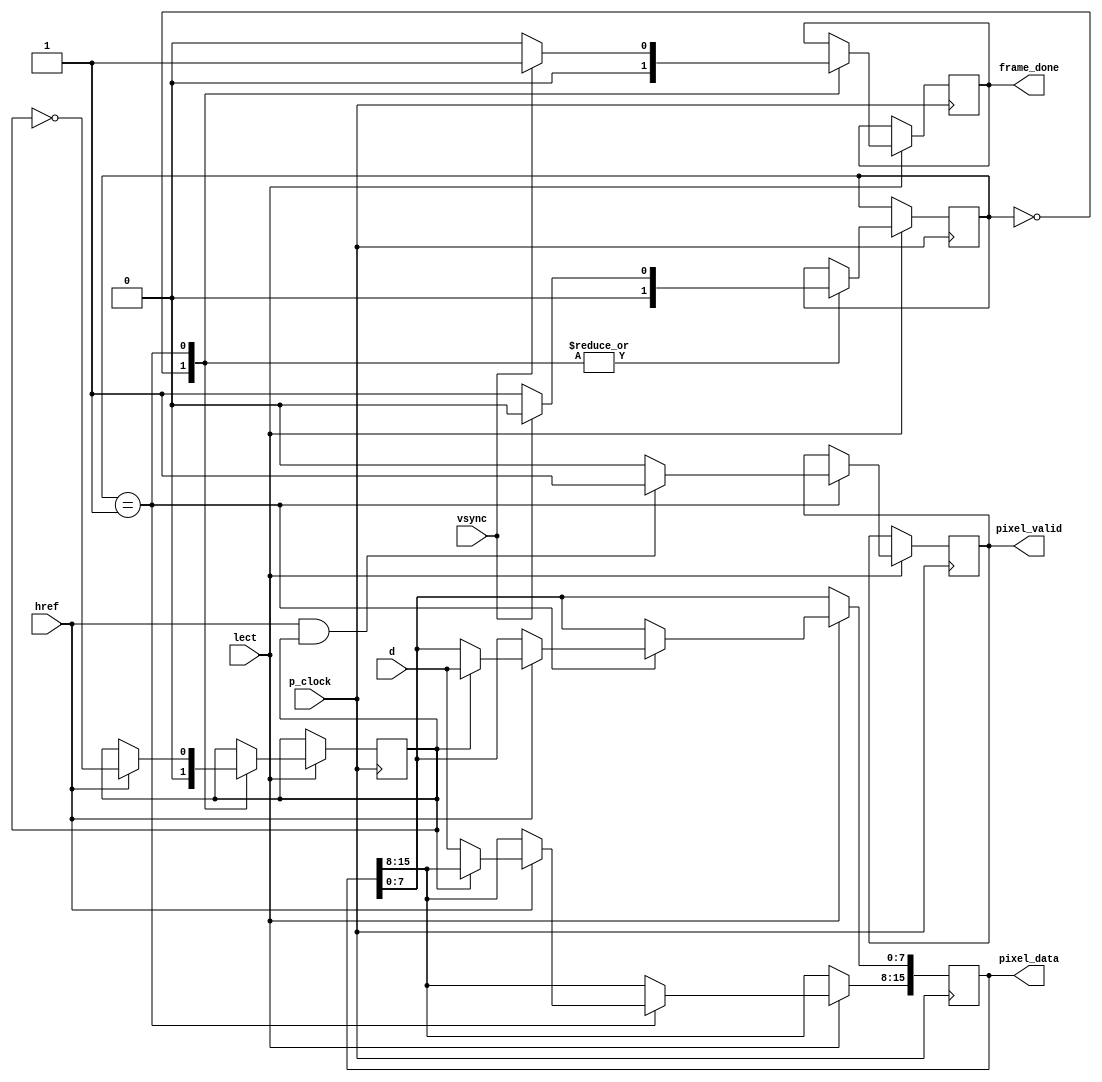
module camara_lect(
   input p_clock,
	input vsync,
	input href,
	input [7:0] d,
	input lect,
	output reg [15:0] pixel_data =0,
	output reg pixel_valid = 0,
	output reg frame_done = 0
    );
	 
	 reg [1:0] FSM_state = 0;
    reg pixel_half = 0;
	 
	 parameter WAIT_FRAME_START = 0, ROW_CAPTURE = 1;
	 
	 always@(posedge p_clock)
	begin 
	
	if(lect)
	begin
	
	case(FSM_state)
	
	WAIT_FRAME_START: begin //Espera por vsync
	   FSM_state <= (!vsync) ? ROW_CAPTURE : WAIT_FRAME_START;
	   frame_done <= 0;
	   pixel_half <= 0;
	end
	
	ROW_CAPTURE: begin 
	   FSM_state <= vsync ? WAIT_FRAME_START : ROW_CAPTURE;
	   frame_done <= vsync ? 1 : 0;
	   pixel_valid <= (href && pixel_half) ? 1 : 0; 
	   if (href) begin
	       pixel_half <= ~ pixel_half;
	       if (pixel_half) pixel_data[7:0] <= d;
	       else pixel_data[15:8] <= d;
	   end
	end
	
	
	endcase
	end
	end

endmodule